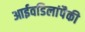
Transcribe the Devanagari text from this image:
आईवडिलांपैकी